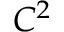
C ^ { 2 }